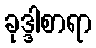
ခုဒ္ဒါစာရာ